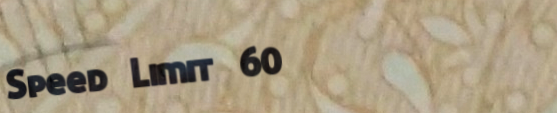
Speed Limit 60